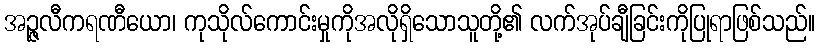
အဉ္ဇလီကရဏီယော၊ ကုသိုလ်ကောင်းမှုကိုအလိုရှိသောသူတို့၏ လက်အုပ်ချီခြင်းကိုပြုရာဖြစ်သည်။